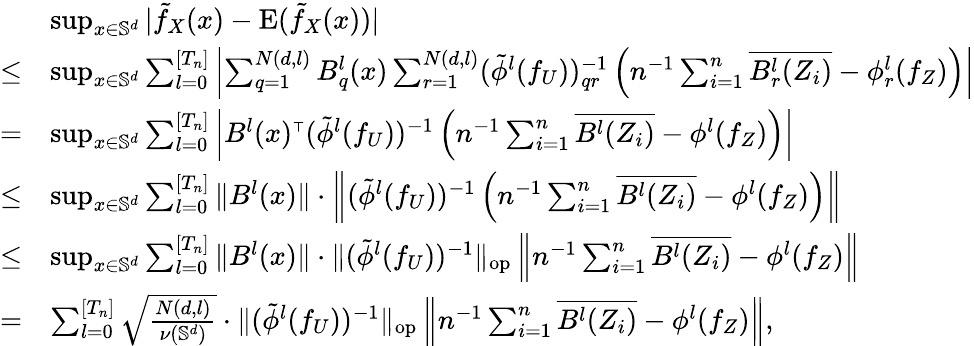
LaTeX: \begin{array}{rl}&{\operatorname*{sup}_{x\in\mathbb{S}^{d}}|\tilde{f}_{X}(x)-\mathrm{E}(\tilde{f}_{X}(x))|}\\ {\leq}&{\operatorname*{sup}_{x\in\mathbb{S}^{d}}\sum_{l=0}^{[T_{n}]}\left|\sum_{q=1}^{N(d,l)}B_{q}^{l}(x)\sum_{r=1}^{N(d,l)}(\tilde{\phi}^{l}(f_{U}))_{qr}^{-1}\left(n^{-1}\sum_{i=1}^{n}\overline{{B_{r}^{l}(Z_{i})}}-\phi_{r}^{l}(f_{Z})\right)\right|}\\ {=}&{\operatorname*{sup}_{x\in\mathbb{S}^{d}}\sum_{l=0}^{[T_{n}]}\left|B^{l}(x)^{\mathstrut\scriptscriptstyle{\top}}(\tilde{\phi}^{l}(f_{U}))^{-1}\left(n^{-1}\sum_{i=1}^{n}\overline{{B^{l}(Z_{i})}}-\phi^{l}(f_{Z})\right)\right|}\\ {\leq}&{\operatorname*{sup}_{x\in\mathbb{S}^{d}}\sum_{l=0}^{[T_{n}]}\| B^{l}(x)\| \cdot\left\| (\tilde{\phi}^{l}(f_{U}))^{-1}\left(n^{-1}\sum_{i=1}^{n}\overline{{B^{l}(Z_{i})}}-\phi^{l}(f_{Z})\right)\right\| }\\ {\leq}&{\operatorname*{sup}_{x\in\mathbb{S}^{d}}\sum_{l=0}^{[T_{n}]}\| B^{l}(x)\| \cdot\| (\tilde{\phi}^{l}(f_{U}))^{-1}\| _{\mathrm{op}}\left\| n^{-1}\sum_{i=1}^{n}\overline{{B^{l}(Z_{i})}}-\phi^{l}(f_{Z})\right\| }\\ {=}&{\sum_{l=0}^{[T_{n}]}\sqrt{\frac{N(d,l)}{\nu(\mathbb{S}^{d})}}\cdot\| (\tilde{\phi}^{l}(f_{U}))^{-1}\| _{\mathrm{{op}}}\left\| n^{-1}\sum_{i=1}^{n}\overline{{B^{l}(Z_{i})}}-\phi^{l}(f_{Z})\right\| ,}\end{array}